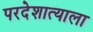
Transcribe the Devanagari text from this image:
परदेशात्याला